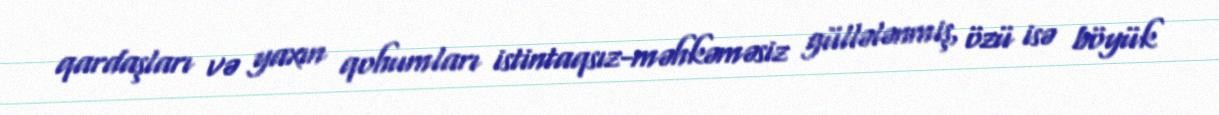
qardaşları və yaxın qohumları istintaqsız-məhkəməsiz güllələnmiş, özü isə böyük